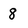
Character: 8